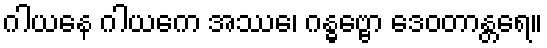
ဂါယနေ ဂါယကေ အဿေ၊ ဂန္ဓဗ္ဗော ဒေဝတာန္တရေ။